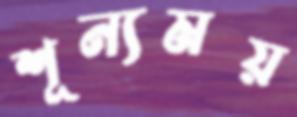
শূন্যময়